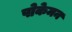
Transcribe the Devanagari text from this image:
पोकेमन